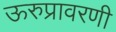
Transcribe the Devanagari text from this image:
ऊरुप्रावरणी